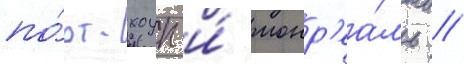
по́рт-хоуп и́ монр'еа́ль //